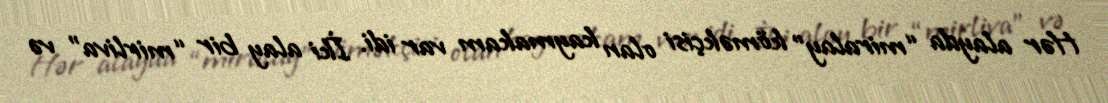
Hər alayda “miralay” köməkçisi olan kaymakam var idi. İki alay bir “mirliva” və